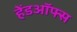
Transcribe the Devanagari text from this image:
हेंडऑफ्स